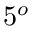
5 ^ { o }